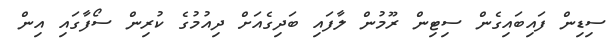
ސިޑިން ފައިބައިގެން ސިޓިން ރޫމުން ލާފައި ބަދިގެއަށް ދިއުމުގެ ކުރިން ސޯފާގައި އިން